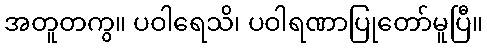
အတူတကွ။ ပဝါရေသိ၊ ပဝါရဏာပြုတော်မူပြီ။